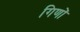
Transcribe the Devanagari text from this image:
गिणों